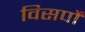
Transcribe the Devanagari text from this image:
विसर्पों